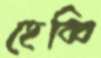
হেব্বি